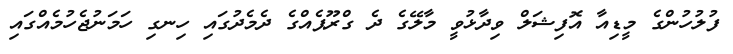
ފުލުހުންގެ މީޑިއާ އޮފިޝަލް ވިދާޅުވީ މާލޭގެ ދެ ގްރޫޕެއްގެ ދެމެދުގައި ހިނގި ހަމަނުޖެހުމެއްގައި